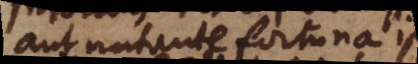
aut natante fortuna ipsa